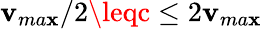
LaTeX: \mathbf{v}_{ma\mathbf{x}}/2\leqc\leq2\mathbf{v}_{ma\mathbf{x}}